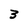
Character: 3